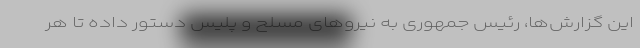
این گزارش‌ها، رئیس جمهوری به نیروهای مسلح و پلیس دستور داده تا هر